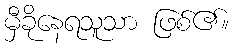
မှီခိုနေရသူသာ ဖြစ်၏။